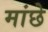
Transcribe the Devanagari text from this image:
मांछे